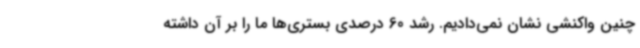
چنین واکنشی نشان نمی‌دادیم. رشد 60 درصدی بستری‌ها ما را بر آن داشته